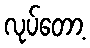
လုပ်တော့